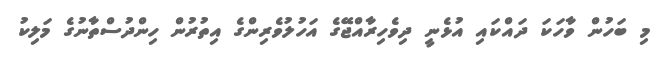
މި ބަހުން ވާހަކަ ދައްކައި އުޅެނީ ދިވެހިރާއްޖޭގެ އަހުލުވެރިންގެ އިތުރުން ހިންދުސްތާނުގެ މަލިކު